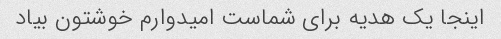
اینجا یک هدیه برای شماست امیدوارم خوشتون بیاد